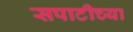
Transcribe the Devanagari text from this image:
सपाटीच्या